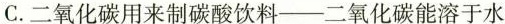
C. 二氧化碳用来制碳酸饮料---二氧化碳能溶于水